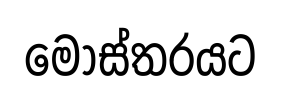
මෝස්තරයට